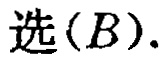
选\((B)\).